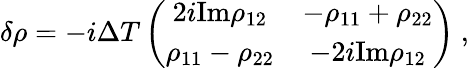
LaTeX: \delta\rho=-i\Delta T\left(\begin{array}{cc}{{2i\mathrm{Im}\rho_{12}}}&{{-\rho_{11}+\rho_{22}}}\\ {{\rho_{11}-\rho_{22}}}&{{-2i\mathrm{Im}\rho_{12}}}\end{array}\right)\ ,